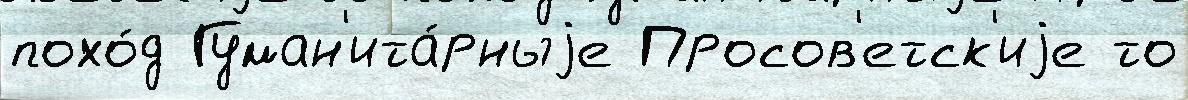
похо́д Гуман'ита́рныjе Просов'етск'иjе то